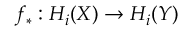
f _ { * } : H _ { i } ( X ) \to H _ { i } ( Y )